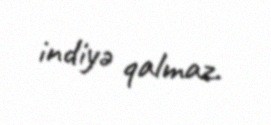
indiyə qalmaz.